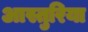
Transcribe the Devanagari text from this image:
आस्तुरिया